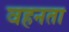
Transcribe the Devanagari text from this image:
वहनता